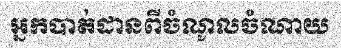
អ្នកបាត់ដានពីចំណូលចំណាយ